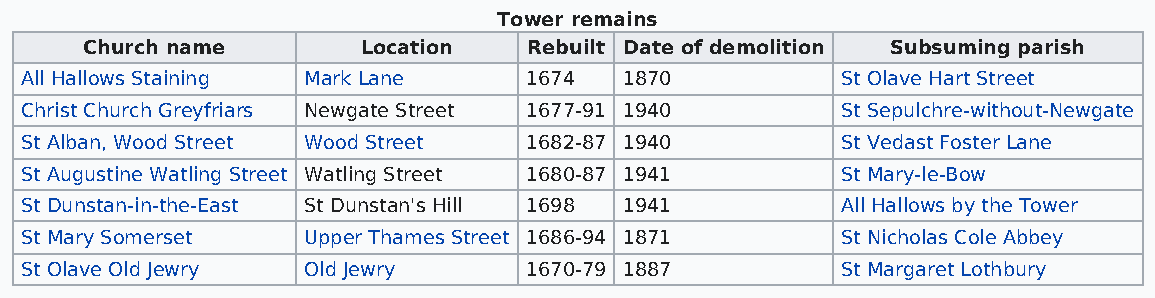
Tower remains
 Church name        Location   Rebuilt Date of demolition Subsuming parish
 All Hallows Staining Mark Lane    1674  1870           St Olave Hart Street
 Christ Church Greyfriars Newgate Street 1677-91 1940   St Sepulchre-without-Newgate
 St Alban, Wood Street Wood Street 1682-87 1940         St Vedast Foster Lane
 St Augustine Watling Street Watling Street 1680-87 1941 St Mary-le-Bow
 St Dunstan-in-the-East St Dunstan's Hill 1698 1941     All Hallows by the Tower
 St Mary Somerset   Upper Thames Street 1686-94 1871    St Nicholas Cole Abbey
 St Olave Old Jewry Old Jewry      1670-79 1887         St Margaret Lothbury